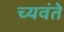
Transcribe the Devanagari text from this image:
च्यवंते